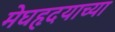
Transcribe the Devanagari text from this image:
मेघहृदयाच्या